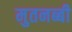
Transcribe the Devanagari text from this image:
मुतनब्बी